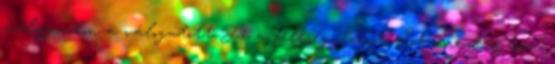
mélyponton a válogatott F1: a feleség üzent, Schumacher nem